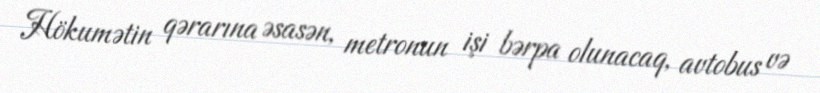
Hökumətin qərarına əsasən, metronun işi bərpa olunacaq, avtobus və